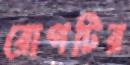
রোগটির